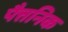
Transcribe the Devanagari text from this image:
पैत्तनिक